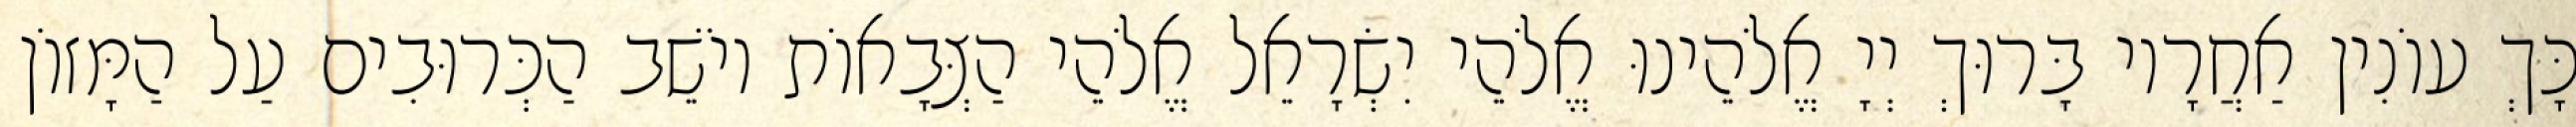
כָּךְ עוֹנִין אַחֲרָיו בָּרוּךְ יְיָ אֱלֹהֵינוּ אֱלֹהֵי יִשְׂרָאֵל אֱלֹהֵי הַצְּבָאוֹת יוֹשֵׁב הַכְּרוּבִים עַל הַמָּזוֹן